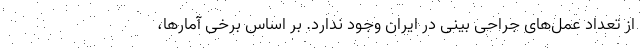
از تعداد عمل‌های جراحی بینی در ایران وجود ندارد. بر اساس برخی آمارها،